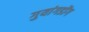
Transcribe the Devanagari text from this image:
गुयांगडोंग